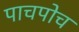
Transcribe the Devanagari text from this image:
पाचपोच